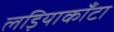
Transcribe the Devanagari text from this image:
लड़ियाकाँटा